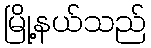
မြို့နယ်သည်